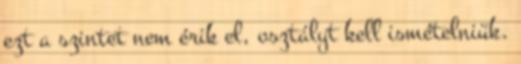
ezt a szintet nem érik el, osztályt kell ismételniük.